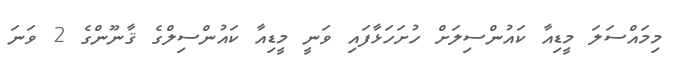
މިމައްސަލަ މީޑިއާ ކައުންސިލަށް ހުށަހަޅާފައި ވަނީ މީޑިއާ ކައުންސިލްގެ ޤާނޫންގެ 2 ވަނަ